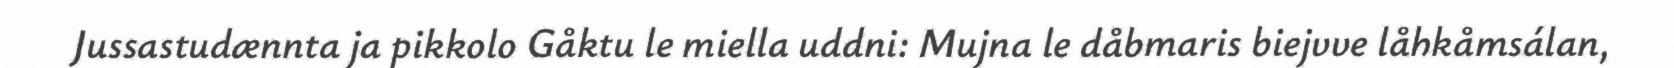
Jussastudænnta ja pikkolo Gåktu le miella uddni: Mujna le dåbmaris biejvve låhkåmsálan,